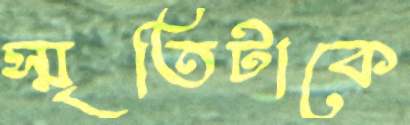
স্মৃতিটাকে